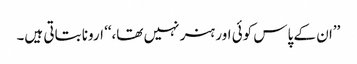
’’ان کے پاس کوئی اور ہنر نہیں تھا،‘‘ ارونا بتاتی ہیں۔